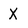
Character: X